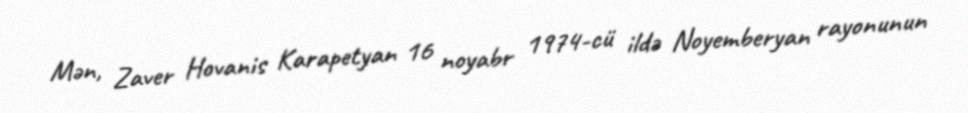
Mən, Zaver Hovanis Karapetyan 16 noyabr 1974-cü ildə Noyemberyan rayonunun